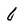
Character: 6